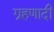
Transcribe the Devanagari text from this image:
ग्रहणादी